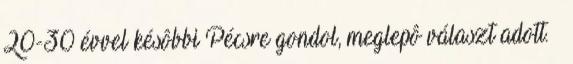
20-30 évvel késôbbi Pécsre gondol, meglepô választ adott. —